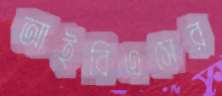
আইবিএসের